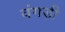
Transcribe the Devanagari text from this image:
वंगड़ी